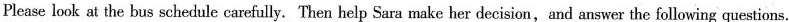
Please look at the bus schedule carefully.Then help Sara make her decision,and answer the following questions.